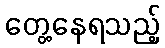
တွေ့နေရသည့်